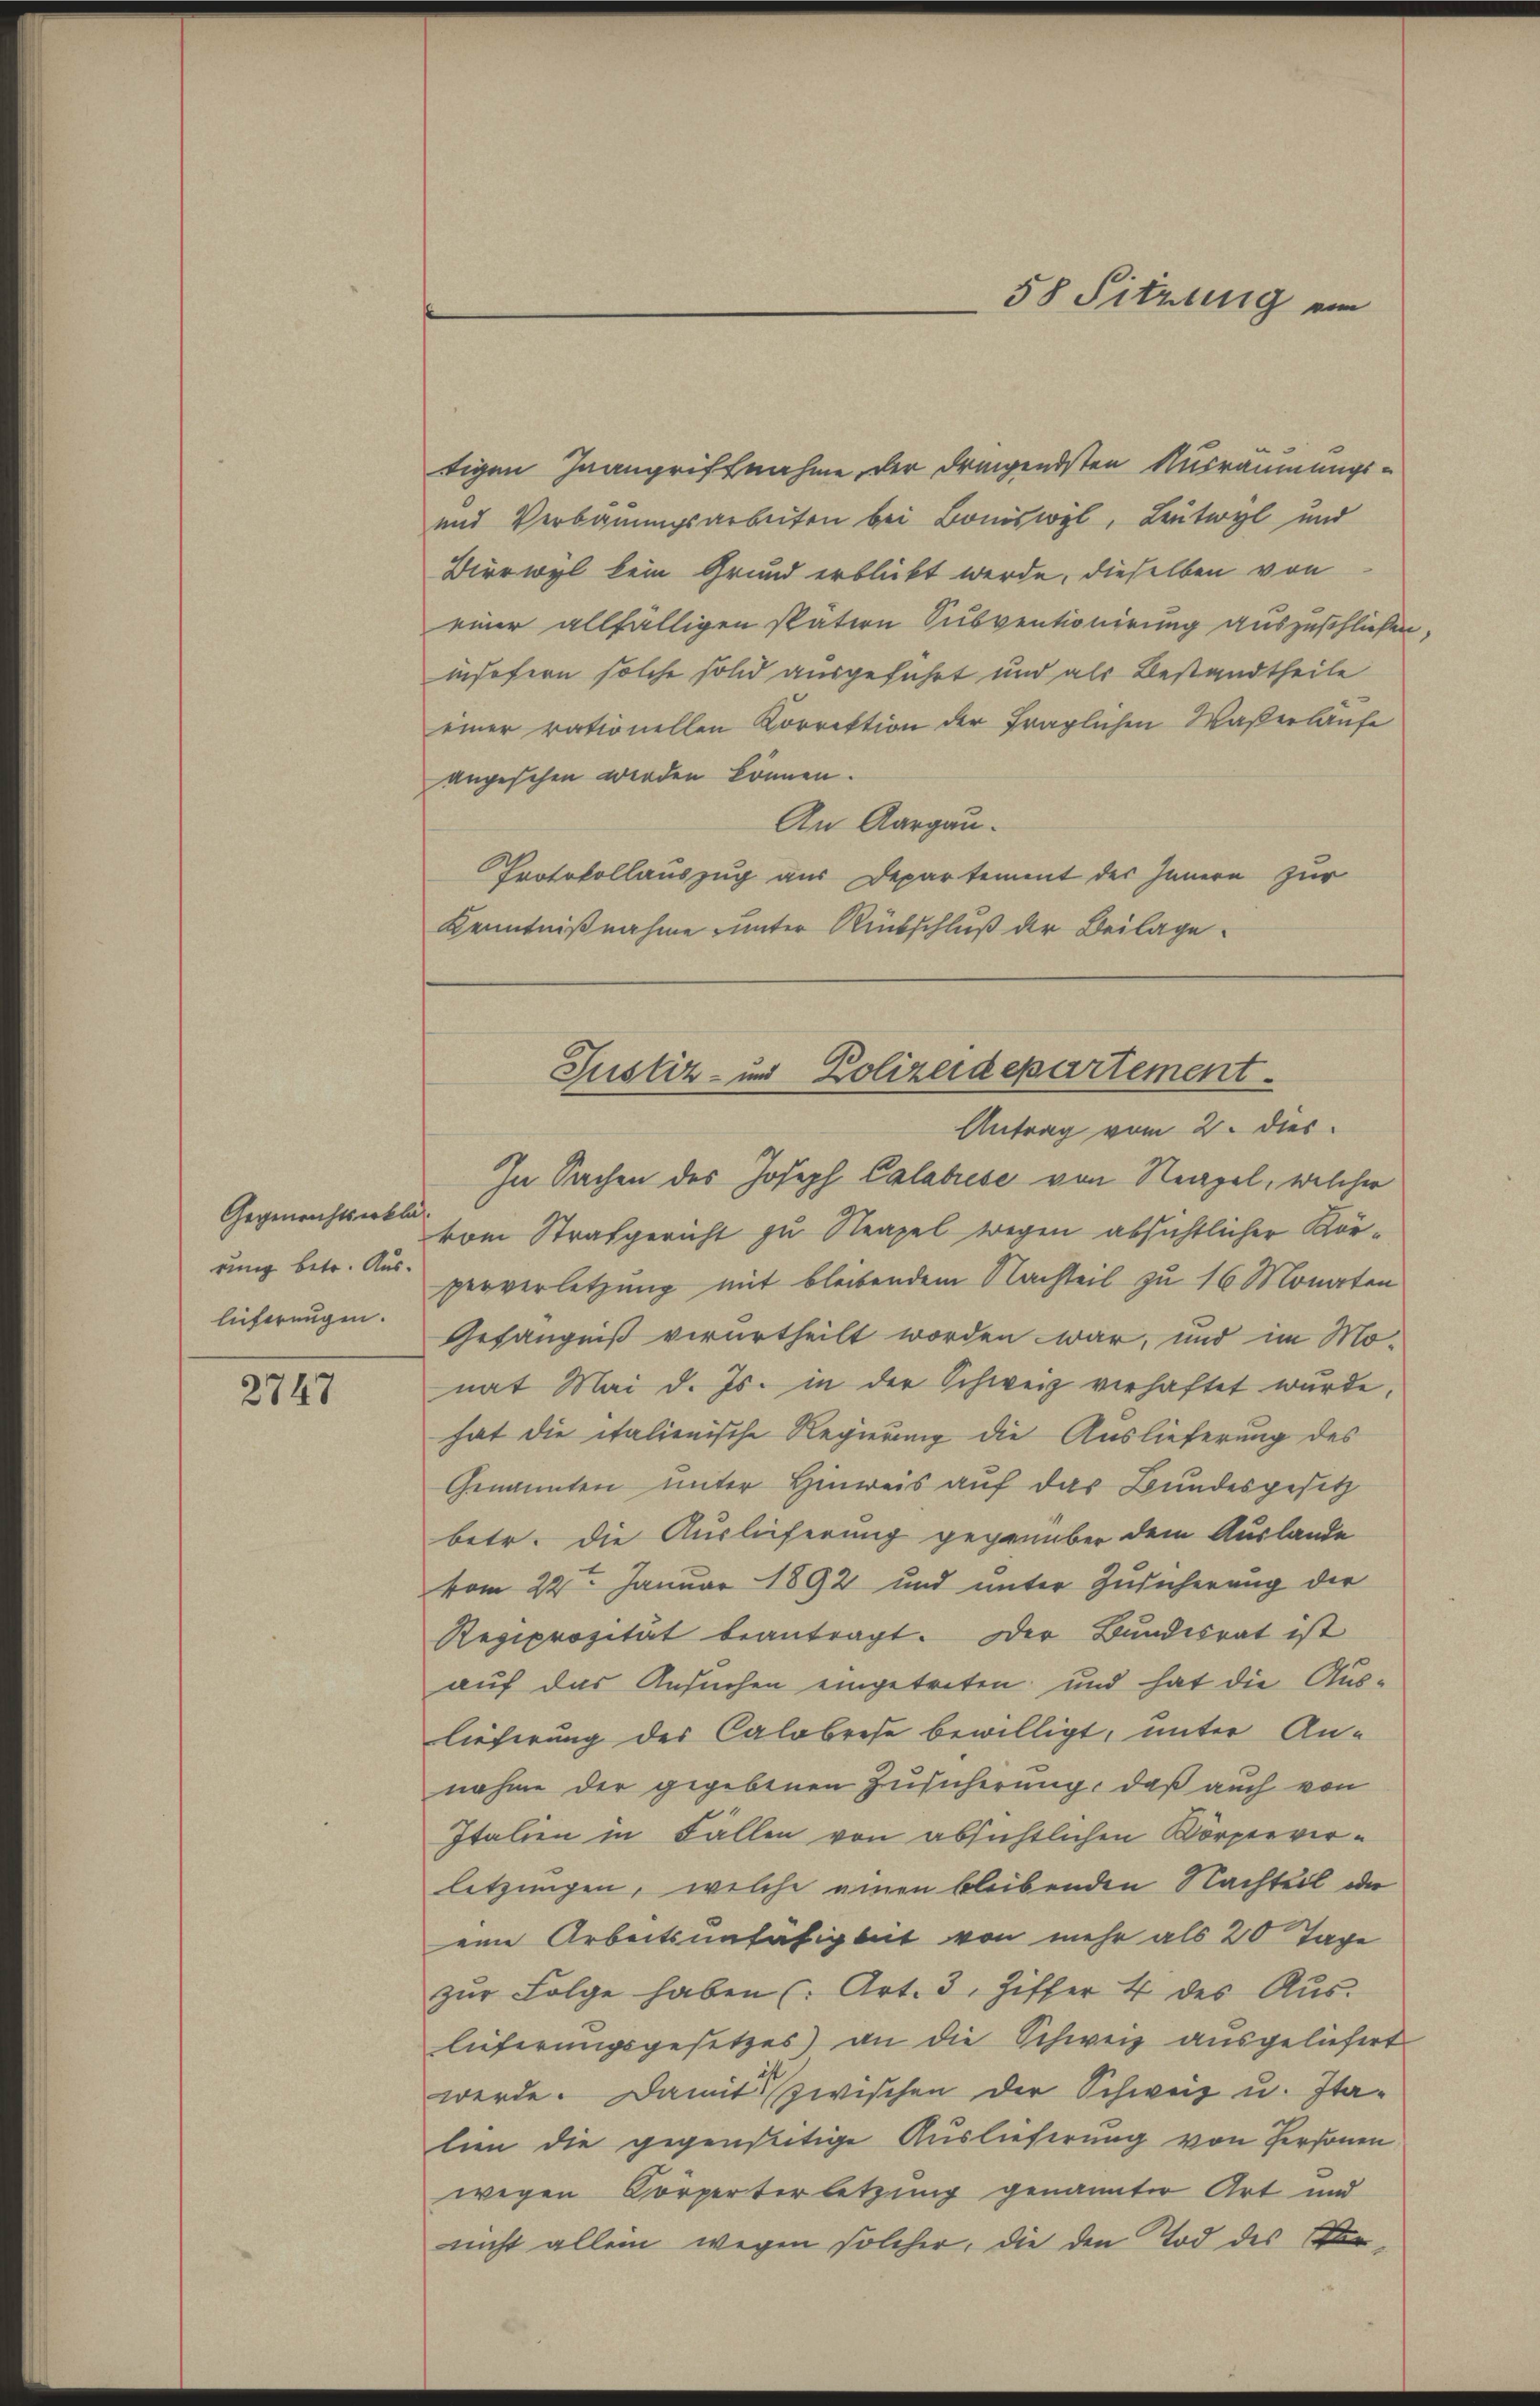
Gegenrichtserklä
rung betr. Aus-
lieferungen.

2747

tigen Juangriffnahme der dringendsten Ausräumungs¬
und Verbauungsarbeiten bei Boniswyl, Leutwyl und
Birrwyl kein Grund erblickt werde, dieselben von
einer allfälligen spätern Subventionirung auszuschließen,
insofern solche sold ausgeführt und als Bestandtheile
einer rationellen Korrektion der fraglichen Waßerläufe
angesehen werden können.
An Aargau.
Protokollauszug aus Departement des Innern zur
Kenntnißnahme unter Rückschluß der Beilage

Antrag vom 2. dies
In Sachen des Joseph Calabrese von Neapel, welcher
vom Strafgericht zu Neapel wegen absichtlicher Körperverletzung mit bleibendem Nachteil zu 16 Monaten
Gefängniß verurtheilt worden war, und im Mo-
nat Mai d. Js. in der Schweiz verhaftet wurde,
hat die italienische Regierung die Auslieferung des
Genannten unter Hinweis auf das Bundesgesetz
betr. die Auslieferung gegenüber dem Auslande
vom 22ten Januar 1892 und unter Zusicherung der
Reciprozität beantragt. Der Bundesrat ist
auf das Ansuchen eingetreten und hat die Auslieferung des Calabrese bewilligt, unter An-
nahme der gegebenen Zusicherung, daß auch von
Italien in Fällen von absichtlichen Körperverlitzungen, welche einen bleibenden Nachteil der
eine Arbeitsunfähigkeit von mehr als 20 Tage
zŭr Folge haben (Art. 3, Ziffer 4 des Aŭs-
lieferungsgesetzes) an die Schweiz ausgeliefert
werde. Damit zwischen der Schweiz u. Italien die gegenseitige Auslieferung von Personen
wegen Körperterletzung genannter Art und
nicht allein wegen solcher, die den Tod des Be¬

58 Sitzung von

Justiz- und Polizeidepartement